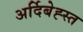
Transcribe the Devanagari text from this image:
अर्दिबेह्स्त